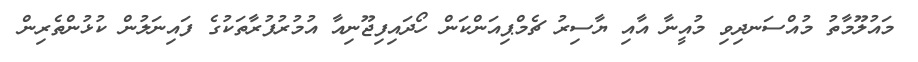
މައުލޫމާތު މުއްސަނދިވި މުއީނާ އާއި ޔާސިރު ޗެމްޕިއަންކަން ހޯދައިފިޖޫނިއާ އުމުރުފުރާތަކުގެ ފައިނަލުން ކުޅުންތެރިން